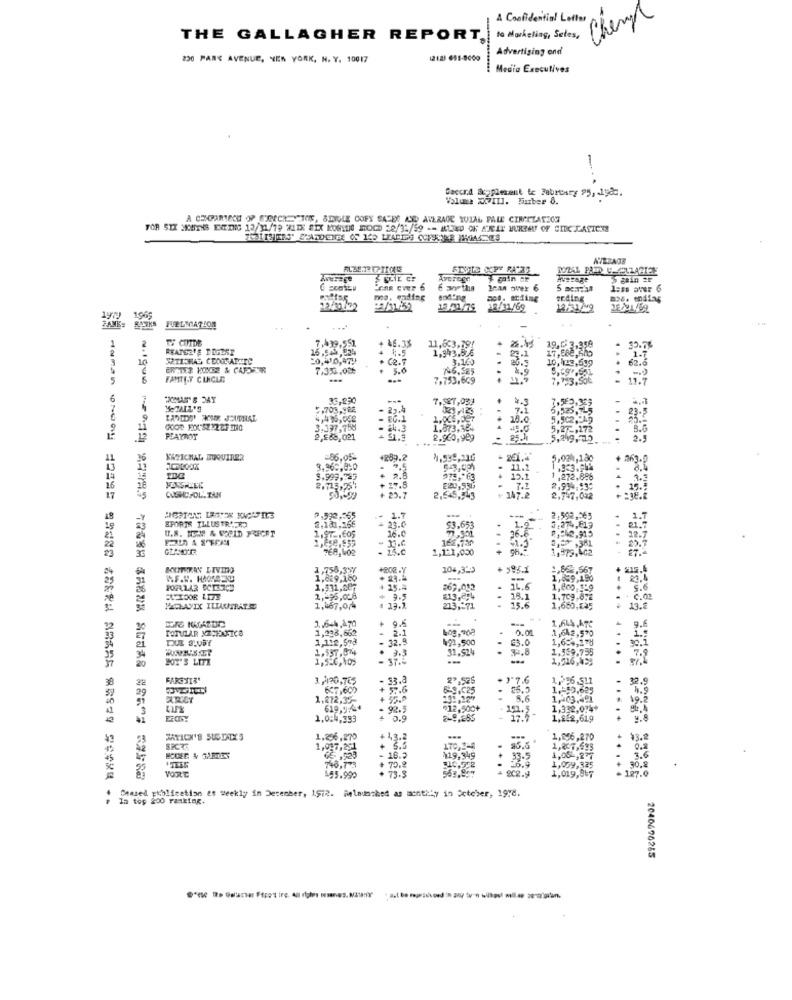
A Confidential Letter
Chemo
THE GALLAGHER REPORT,
to Marketing, Sales,
Advertising ond
230 PARC AVENUE, NEW YORK, N. Y. 10017
Medio Executives
Saccra Supplement te Fabrtary 95, 1982.
Volume XVIII. Burber 8.
A CERCARTECH OP SURECHTTOE, SEIGLE COFY SALES ALE AVERAGE WULAL PALE CINPTZATION
Averege
Average
13.21779
12/31/69
1965
1
2
T COTDE
7,439,551
+ 46.33
11,603,79!
+ 2.4
19.0 3.950
15,543,224
1,343.526
17.588.600
1.7
. C2.7
3,160
10,433,519
7,3%.00₺
5.6
5
6
FAMTE.Y CINCLE
7,753,669
7.953.Sok
11.7
6
7
33,290
-..
7.527,033
4.3
- 23.4
7.1
6,52
23.5
4,435,048
1.005,097
18.0
23.º
3.337,758
.244.3
1.873.364
5.2 - 272
8.6
2,£88,021
2.960,929
. 25.41
5,249.115
2.5
11
26
NAZICHAL BUQUIRER
=86,05
+259.2
5,024,180
363.9
3.360,4:0
11.2
1,3-3.94%
5.999. 29
978,163
+ 15.1
1 ,272.896
E20,556
7.2
2.934,53:
17
QUSNCFOL. TAN
50 ,- 99
2,6.5,543
+ 147.2
2,747,042
SPORTS TLLUSTRA KO
.- 1.7
-
---
2.592.065
U.8. NEM & WORLD FRECET
1.97 .605
+ 23.0
16.0
$3.653
1.9
3.274,113
0.042.915
162,730
26.6
3,27,381
12.7
- 15.0
1,121,000
1,975,402
36
SOUTERAN LIVING
1,755,33/
104,32)
+ 595.1
1,662,567
215.4
1,629,160
+ 23.2
1,859,190
263.052
16.6
1,800,119
S.6
2, 95,028
+ 9.5
813,254
18.1
1.709,872
HOLAVIX ILLAUTRATE
1,467,0,4
4 13.2
213,171
..
15.6
1,660,045
13.2
1.644.470
+ 9.5
-
1,644.470
9.6
ROTULAR NEJENNICO
1,238,662
2.1
.1,642,570
2,118,578
- 32.3
491,500
£3.0
1,6:4,278
1.
1.337.074
. 3.3
31.524
3.8
1,359,755
7.9
BOY'S LIFE
1,5-6,10;
- 37.4
-
....
22
FAREX13'
3,130,765
-33.
22.525
. J'7.6
1, 56.511
.
32.
38
29
637,602
57.6
69.025
1, 50.625
4.9
1.872,35-
1,403.491
10.2
619,964
92.5
₹12.500+
1,322,074*
1,0:4,393
+ 0.9
1,822,619
9.8
53
1.256,270
+ 43.2
1,296,270
* * 3.2
+ 3.5
170,2-3
.
0.0
5.6
748,773
- 16.3
419.349
.
33.5
1,00 -, 277
VORLE
+ 70.2
+ 73.3
1,099,325
1,019,967
127.0
195.990
In top 200 ranking.
Ceased policetion et weekly in December, 1572. Relaunched as mentity in October, 1978.
2040496285
aut De sprach and in any turn